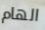
الهام